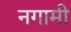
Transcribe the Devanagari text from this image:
नगामी